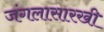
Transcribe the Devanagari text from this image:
जंगलासारखी